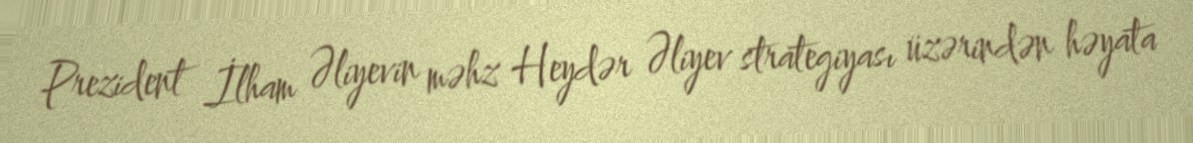
Prezident İlham Əliyevin məhz Heydər Əliyev strategiyası üzərindən həyata